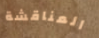
المناقشة